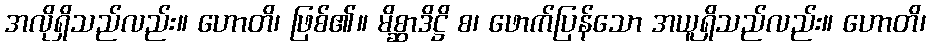
အလိုရှိသည်လည်း။ ဟောတိ၊ ဖြစ်၏။ မိစ္ဆာဒိဋ္ဌိ စ၊ ဖောက်ပြန်သော အယူရှိသည်လည်း။ ဟောတိ၊